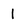
Character: l